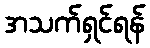
အသက်ရှင်ရန်